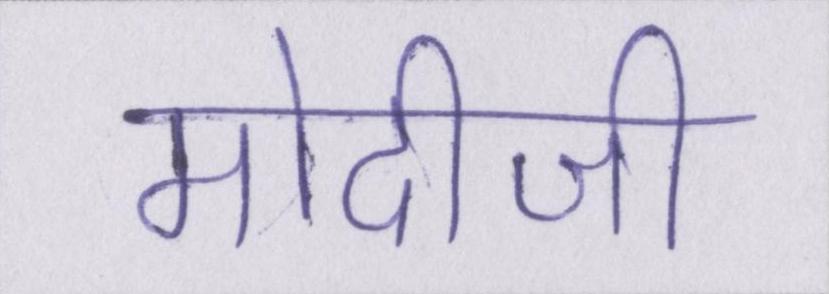
मोदीजी